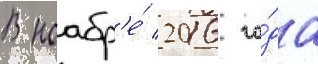
В ноабр'е́ 2016 го́да